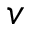
v